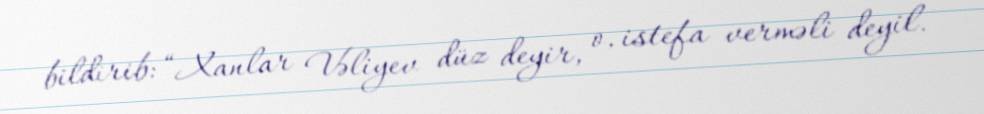
bildirib: “Xanlar Vəliyev düz deyir, o, istefa verməli deyil.